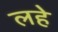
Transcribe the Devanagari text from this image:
लहे